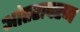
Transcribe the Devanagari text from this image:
आंतरावरण